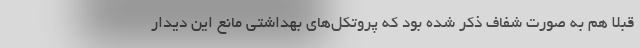
قبلا هم به صورت شفاف ذکر شده بود که پروتکل‌های بهداشتی مانع این دیدار